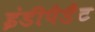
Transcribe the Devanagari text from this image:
इंडीपैडैंट